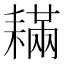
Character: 𦔚